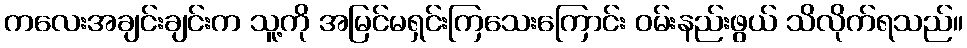
ကလေးအချင်းချင်းက သူ့ကို အမြင်မရှင်းကြသေးကြောင်း ဝမ်းနည်းဖွယ် သိလိုက်ရသည်။